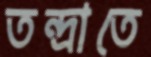
তন্দ্রাতে